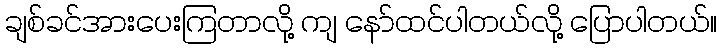
ချစ်ခင်အားပေးကြတာလို့ ကျ နော်ထင်ပါတယ်လို့ ပြောပါတယ်။